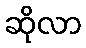
ဆိုလာ